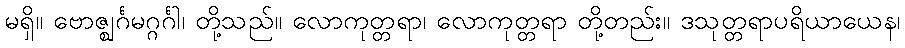
မရှိ။ ဗောဇ္ဈင်္ဂမဂ္ဂင်္ဂါ၊ တို့သည်။ လောကုတ္တရာ၊ လောကုတ္တရာ တို့တည်း။ ဒသုတ္တရာပရိယာယေန၊